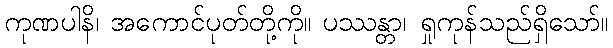
ကုဏပါနိ၊ အကောင်ပုတ်တို့ကို။ ပဿန္တာ၊ ရှုကုန်သည်ရှိသော်။